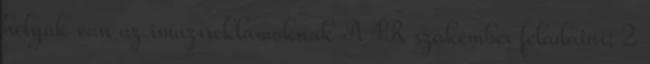
helyük van az imázsreklámoknak A PR szakember feladatai: 2